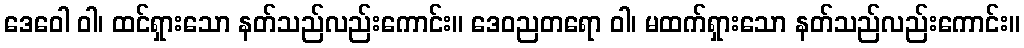
ဒေဝေါ ဝါ၊ ထင်ရှားသော နတ်သည်လည်းကောင်း။ ဒေဝညတရော ဝါ၊ မထက်ရှားသော နတ်သည်လည်းကောင်း။